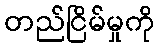
တည်ငြိမ်မှုကို